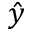
\hat { y }